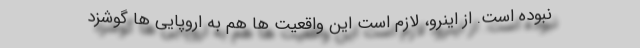
نبوده است. از اینرو، لازم است این واقعیت ها هم به اروپایی ها گوشزد